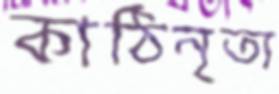
কাঠিনৃত্য